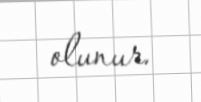
olunur.